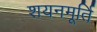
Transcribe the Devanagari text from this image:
शयनमूर्ति